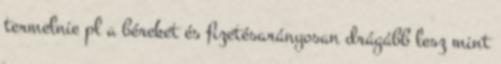
termelnie pl a béreket és fizetésarányosan drágább lesz mint